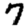
Digit: 7